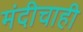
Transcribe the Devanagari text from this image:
मंदीचाही